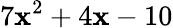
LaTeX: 7{{\mathbf{x}}^{2}}+4\mathbf{x}-10